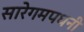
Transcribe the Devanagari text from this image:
सारेगमपधनी